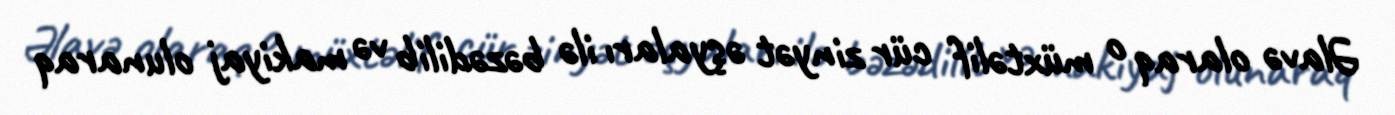
Əlavə olaraq o müxtəlif cür zinyət əşyaları ilə bəzədilib və makiyaj olunaraq